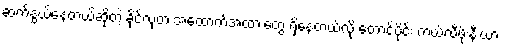
ဆက်နွှယ်နေတယ်ဆိုတဲ့ ခိုင်လုံတဲ့ အထောက်အထားတွေ ရှိနေတယ်လို့ တောင်ပိုင်း ကယ်လီဖိုးနီးယား